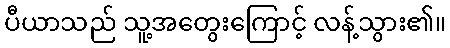
ပီယာသည် သူ့အတွေးကြောင့် လန့်သွား၏။